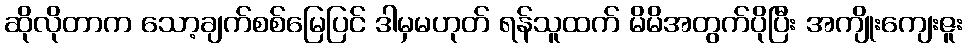
ဆိုလိုတာက သော့ချက်စစ်မြေပြင် ဒါမှမဟုတ် ရန်သူထက် မိမိအတွက်ပိုပြီး အကျိုးကျေးဇူး